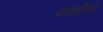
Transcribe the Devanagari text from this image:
व्यकतियों